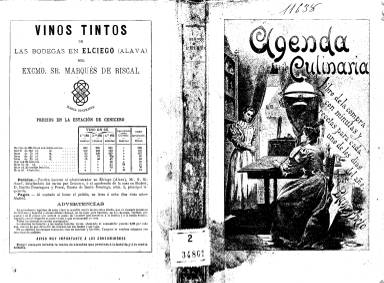
Título: Agenda culinaria
Colección: Cocina
Ámbito geográfico: Madrid
Lugar de publicación: Madrid
Fechas: 01/01/1896-31/12/1896

Esta publicación era editada anualmente y contenía un menú y una receta para cada uno de los días del año, es decir 365 menús o minutas con recetas de algunos de los platos propuestos para el almuerzo o la comida. Se trataba de una gastronomía elitista no apta para todos los bolsillos que incluía el vocabulario gastronómico en boga en las mejores mesas de la Europa de finales del siglo XIX y primer tercio del siglo XX.

La Agenda culinaria comenzó a editarse en 1895 por la librería editorial de Bailly-Bailliere e hijos, que acompañaba cada entrega con publicidad de otras obras de la casa y con anuncios del mundo culinario de otras firmas, por lo que el total de páginas era mayor que los días del año. La Biblioteca Nacional de España solo posee la Agenda culinaria de 1896, con 399 páginas. La publicación se prolongó hasta el año 1937 y ya no continuó más debido a la Guerra Civil.

En las dos primeras ediciones aparece como redactor Blanco Prieto y en todas las posteriores la Duquesa Laura, ambos seudónimos de Amancio Peratoner, escritor y traductor de obras, sobre todo francesas, que se encuadra en la generación iniciadora de la Renaixença catalana, aunque escribió en castellano, según el Diccionario Histórico de la Traducción en España.

 Además de los menús para cada día del año la Agenda culinaria incluye en cada página, en una columna paralela, un espacio para que el lector anote los gastos que le ha supuesto la elaboración de cada menú. La receta que completa la página está hecha con los platos más complejos del día.

  Con un ejemplo al azar se verá que esta publicación estaba destinada a las clases acomodadas y de paladares exquisitos. Esta es la página del 3 de mayo de 1896:
   ‘Almuerzo: Tortilla con setas. Bacalao á la «maître d'hôtel». Cordero á la Perigord. Alcachofas rellenas. Queso. Postres’.
  ‘Comida: Sopa de arroz. Cabeza de ternera al natural. Vaca a la moda. Besugo asado. Crema de café. Postres.’

Las recetas de este menú están dedicadas a las alcachofas rellenas del almuerzo y al besugo asado de la comida.

 Como se ve, la publicación es muy dependiente de la gastronomía francesa y de las costumbres europeas, ya que el almuerzo se correspondería con la comida española y la comida con la cena. Lo que extraña de esta Agenda culinaria es que no incluyera los vinos o las bebidas en los menús.

[Descripción publicada el 7/07/2023]